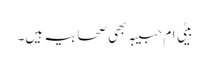
بیٹی ام حبیبہ بھی صحابیہ ہیں۔